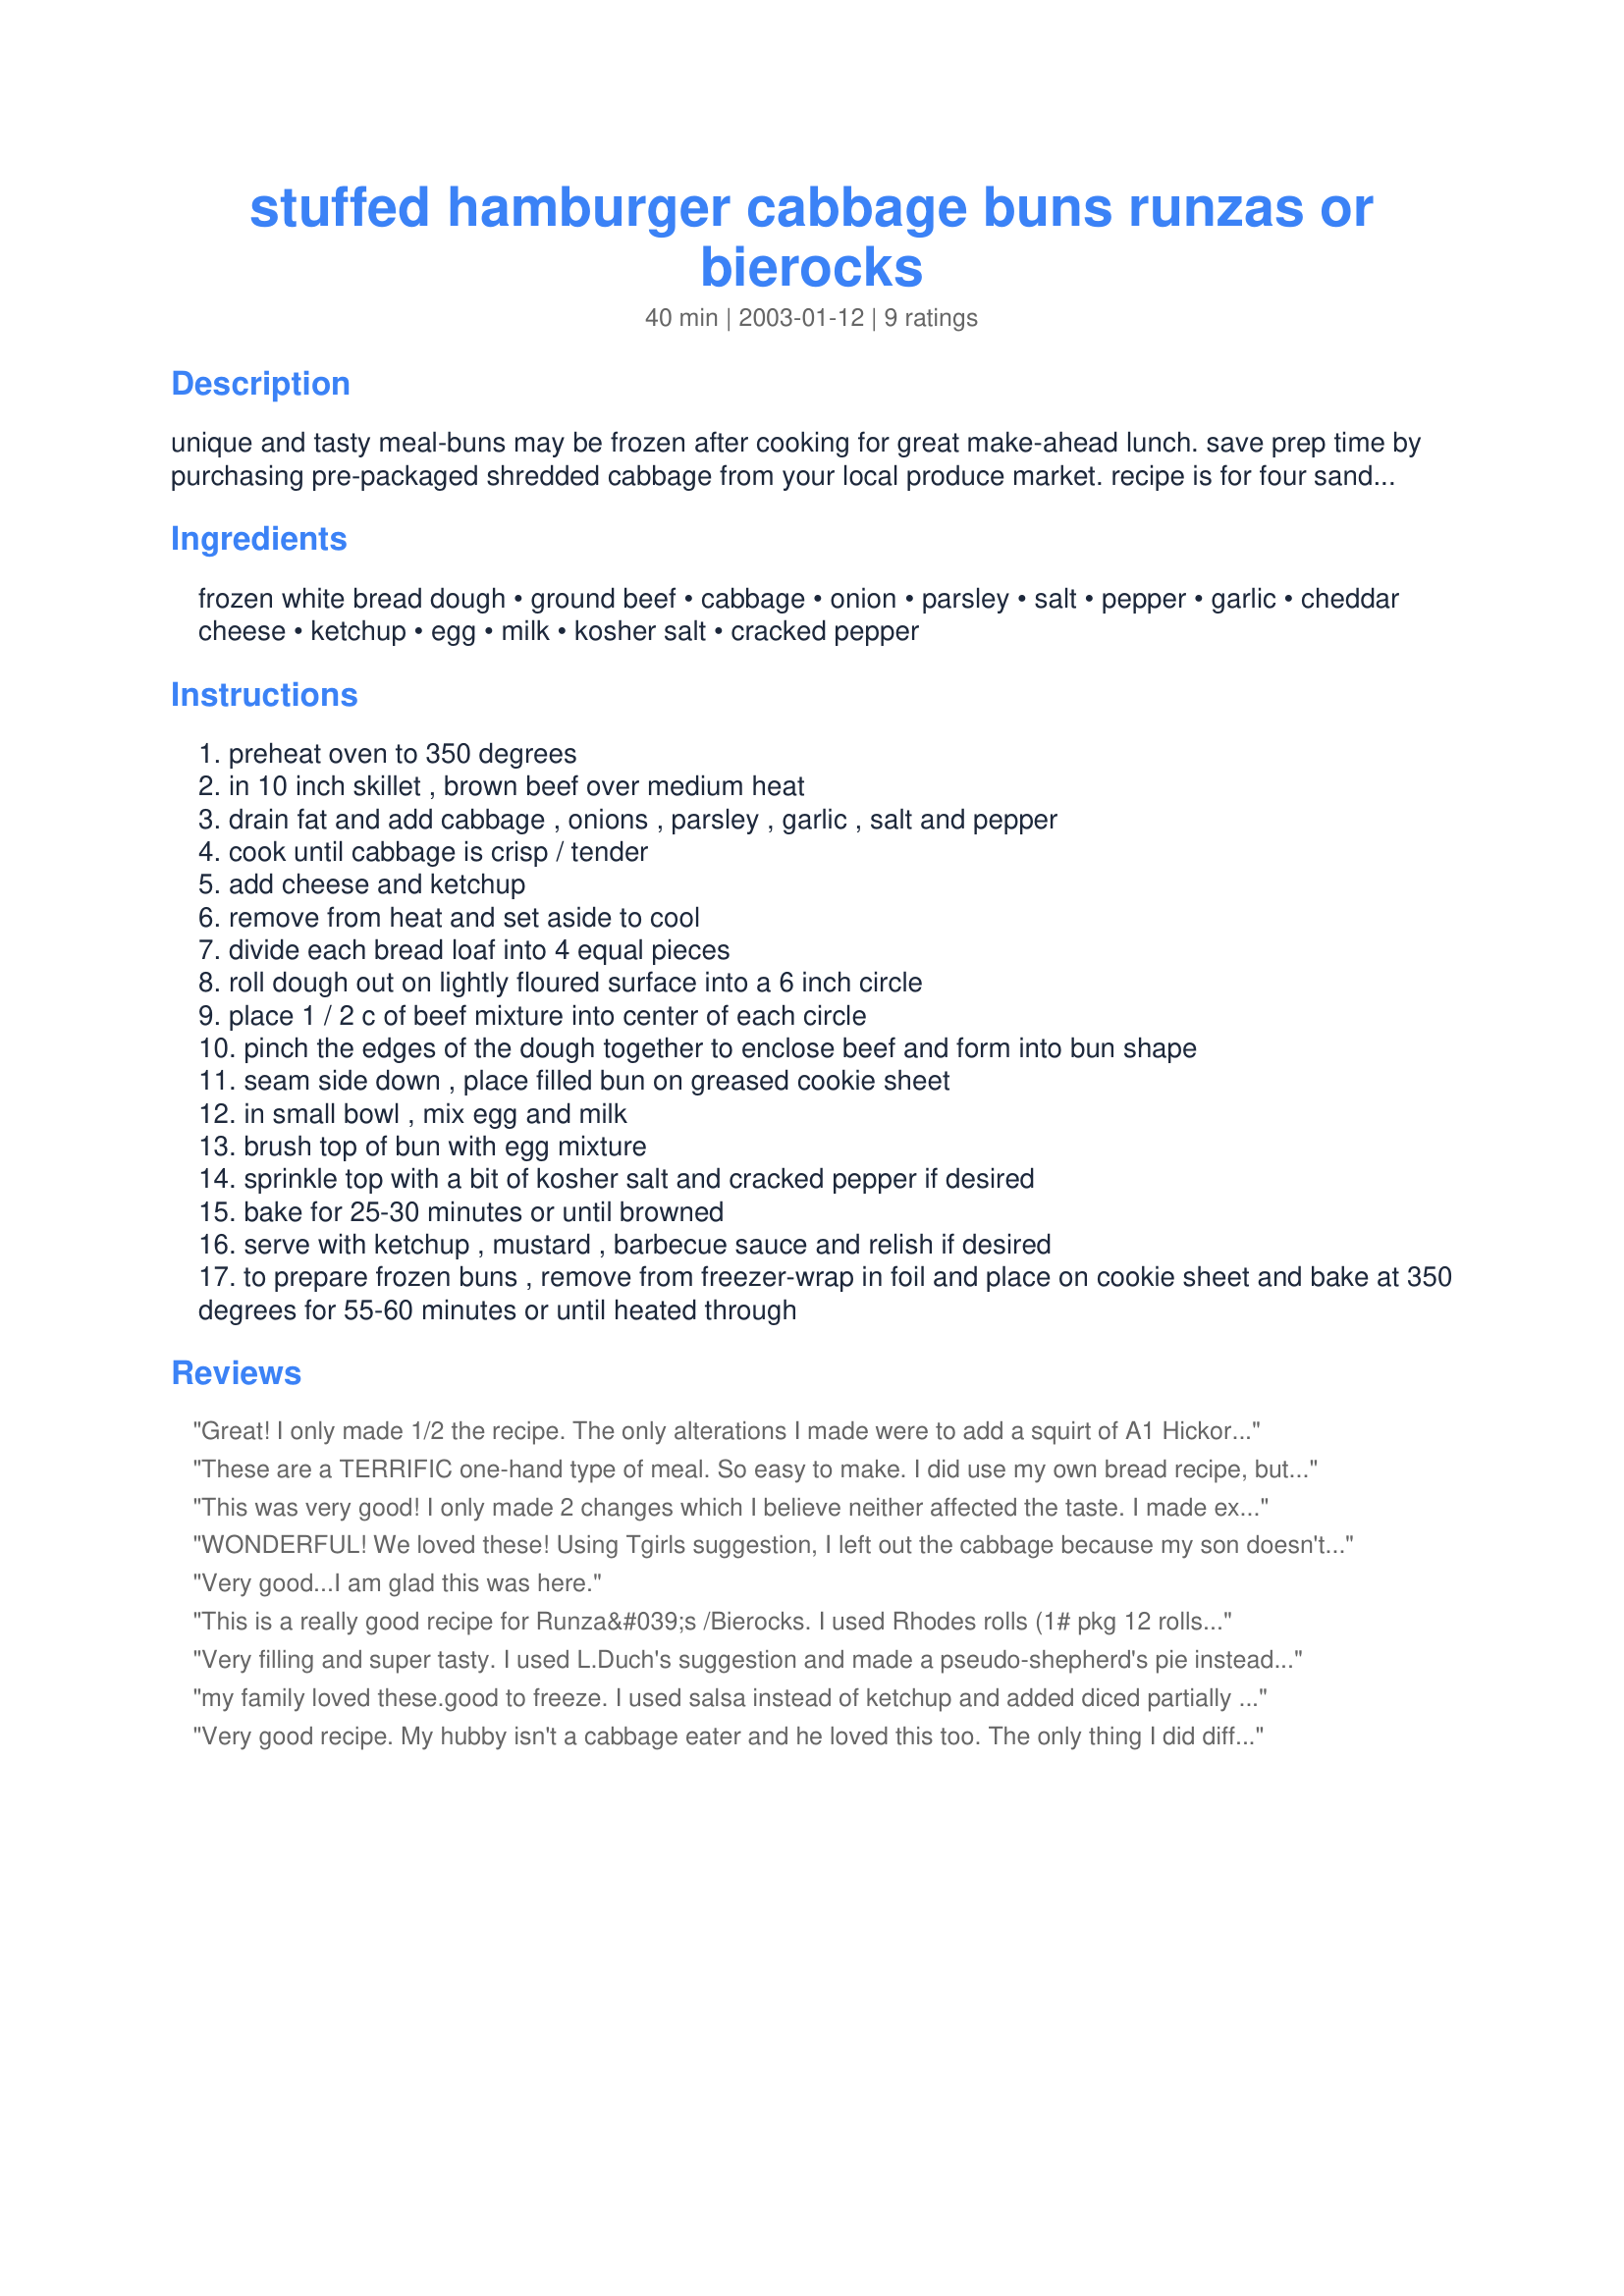
stuffed hamburger cabbage buns runzas or bierocks
Preparation time: 40 minutes

unique and tasty meal-buns may be frozen after cooking for great make-ahead lunch. save prep time by purchasing pre-packaged shredded cabbage from your local produce market. recipe is for four sandwiches-however, i make six smaller sandwiches and find them more enjoyable.

Ingredients:
frozen white bread dough, ground beef, cabbage, onion, parsley, salt, pepper, garlic, cheddar cheese, ketchup, egg, milk, kosher salt, cracked pepper

Steps:
preheat oven to 350 degrees
in 10 inch skillet , brown beef over medium heat
drain fat and add cabbage , onions , parsley , garlic , salt and pepper
cook until cabbage is crisp / tender
add cheese and ketchup
remove from heat and set aside to cool
divide each bread loaf into 4 equal pieces
roll dough out on lightly floured surface into a 6 inch circle
place 1 / 2 c of beef mixture into center of each circle
pinch the edges of the dough together to enclose beef and form into bun shape
seam side down , place filled bun on greased cookie sheet
in small bowl , mix egg and milk
brush top of bun with egg mixture
sprinkle top with a bit of kosher salt and cracked pepper if desired
bake for 25-30 minutes or until browned
serve with ketchup , mustard , barbecue sauce and relish if desired
to prepare frozen buns , remove from freezer-wrap in foil and place on cookie sheet and bake at 350 degrees for 55-60 minutes or until heated through

Reviews:
Great! I only made 1/2 the recipe. The only alterations I made were to add a squirt of A1 Hickory Sweet sauce and to make a loaf rather than buns (easier than rolling several buns). EXCELLENT!
These are a TERRIFIC one-hand type of meal. So easy to make. I did use my own bread recipe, but otherwise followed the recipe.
This was very good! I only made 2 changes which I believe neither affected the taste. I made exactly as stated except I used home made bread dough and I rolled the whole loaf into a long rectangle, filled, folded dough over and baked for 25 minutes. It reminded me of beirox (mp) I served this with garlic mashed potatoes, cole slaw and pumpkin pie. Thanks for posting!!
WONDERFUL! We loved these! Using Tgirls suggestion, I left out the cabbage because my son doesn't care for it. Although I am sure it adds a great texture, we didn't miss out at all. So easy to make, really really tasty, smelled great while cooking and my son wanted the leftovers for his lunch the next day. Now that is one shining review from him! Thanks TGirl, RN!!!
Very good...I am glad this was here.
This is a really good recipe for Runza&#039;s /Bierocks. I used Rhodes rolls (1# pkg 12 rolls) and made 6 sandwiches. After tasting the mixture I found it pretty bland but really good. I added about 1 T Worcestershire, 1/2 teaspoon of allspice and garlic powder. this definitely added some flavor. great dipped i. additional ketchup. I may add more to the mix next time. I had some filling left over wnich was good on its own. About enough for 2 or 3 people. If you use a whole head of cabbage you could probably double the dough and make 12.
Very filling and super tasty. I used L.Duch's suggestion and made a pseudo-shepherd's pie instead of making the rolls. My wife loved it. Thanks!
my family loved these.good to freeze. I used salsa instead of ketchup and added diced partially cooked carrots or canned corn for variety
Very good recipe. My hubby isn't a cabbage eater and he loved this too. The only thing I did differently in the filling was add chili powder. Instead of frozen bread dough, I used DotM recipe for "Bread Maker Hamburger Buns". I've never made stuffed buns like this. It was very easy and gives me ideas on a lot more things to stuff it with. Although I'm sure I will be making this recipe again. It was a hit. Also..I had some filling left over. So, I may put the remainder in a cassarole dish, make some mashed potatoes and cover the top, then sprinkle a little cheese on top.Then serve it like a shepherds pie as well.
Thank you for a great recipe.
